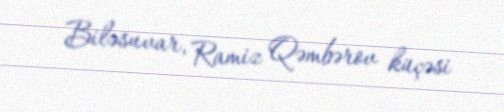
Biləsuvar, Ramiz Qəmbərov küçəsi